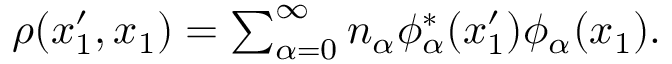
\begin{array} { r } { \rho ( x _ { 1 } ^ { \prime } , x _ { 1 } ) = \sum _ { \alpha = 0 } ^ { \infty } n _ { \alpha } \phi _ { \alpha } ^ { * } ( x _ { 1 } ^ { \prime } ) \phi _ { \alpha } ( x _ { 1 } ) . } \end{array}